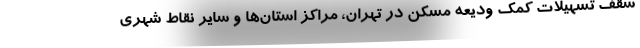
سقف تسهیلات کمک ودیعه مسکن در تهران، مراکز استان‌ها و سایر نقاط شهری